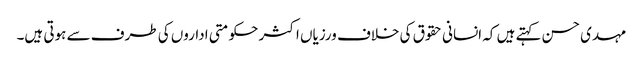
مہدی حسن کہتے ہیں کہ انسانی حقوق کی خلاف ورزیاں اکثر حکومتی اداروں کی طرف سے ہوتی ہیں۔